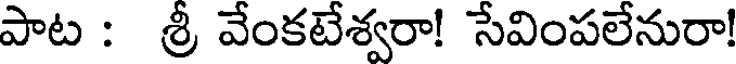
పాట : శ్రీ వేంకటేశ్వరా! సేవింపలేనురా!